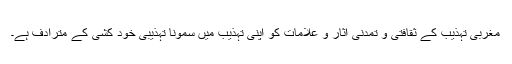
مغربی تہذیب کے ثقافتی و تمدنی آثار و علامات کو اپنی تہذیب میں سمونا تہذیبی خود کشی کے مترادف ہے۔